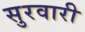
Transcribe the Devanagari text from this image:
सुरवारी